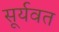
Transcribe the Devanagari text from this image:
सूर्यवत